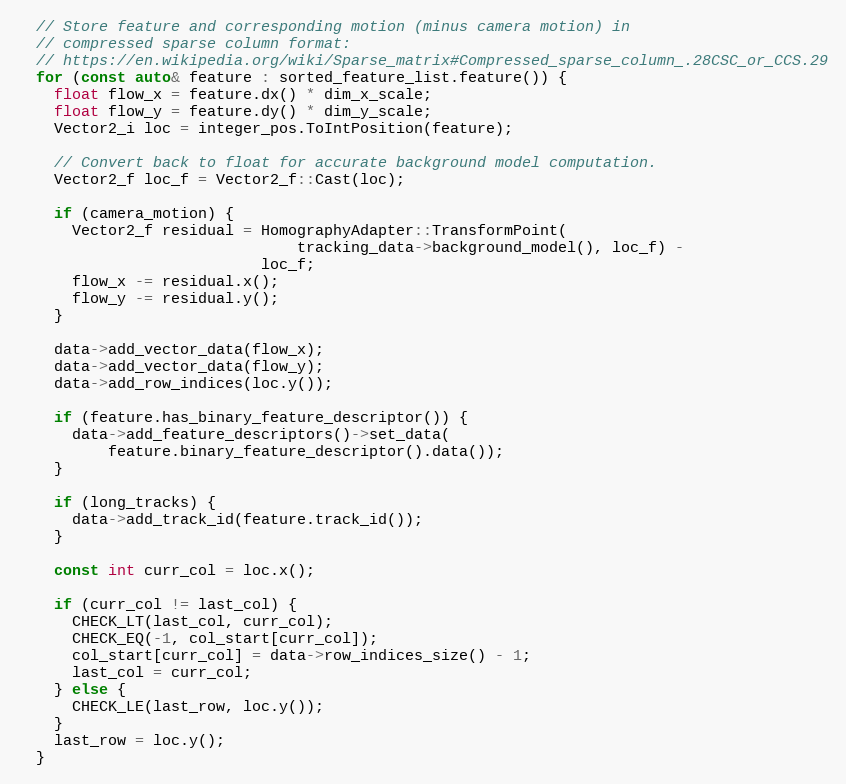
Language: C++
  // Store feature and corresponding motion (minus camera motion) in
  // compressed sparse column format:
  // https://en.wikipedia.org/wiki/Sparse_matrix#Compressed_sparse_column_.28CSC_or_CCS.29
  for (const auto& feature : sorted_feature_list.feature()) {
    float flow_x = feature.dx() * dim_x_scale;
    float flow_y = feature.dy() * dim_y_scale;
    Vector2_i loc = integer_pos.ToIntPosition(feature);

    // Convert back to float for accurate background model computation.
    Vector2_f loc_f = Vector2_f::Cast(loc);

    if (camera_motion) {
      Vector2_f residual = HomographyAdapter::TransformPoint(
                               tracking_data->background_model(), loc_f) -
                           loc_f;
      flow_x -= residual.x();
      flow_y -= residual.y();
    }

    data->add_vector_data(flow_x);
    data->add_vector_data(flow_y);
    data->add_row_indices(loc.y());

    if (feature.has_binary_feature_descriptor()) {
      data->add_feature_descriptors()->set_data(
          feature.binary_feature_descriptor().data());
    }

    if (long_tracks) {
      data->add_track_id(feature.track_id());
    }

    const int curr_col = loc.x();

    if (curr_col != last_col) {
      CHECK_LT(last_col, curr_col);
      CHECK_EQ(-1, col_start[curr_col]);
      col_start[curr_col] = data->row_indices_size() - 1;
      last_col = curr_col;
    } else {
      CHECK_LE(last_row, loc.y());
    }
    last_row = loc.y();
  }